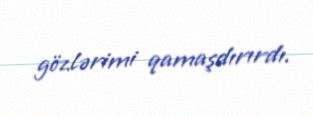
gözlərimi qamaşdırırdı.